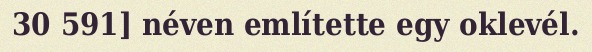
30 591] néven említette egy oklevél.